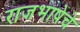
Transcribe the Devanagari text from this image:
राजभाषेचे